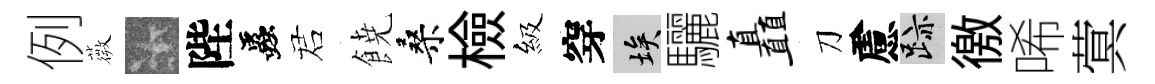
例薇卡陛蟲诺𩜙桑檢級穿埃驪矗刀慮迹徼唏蓂